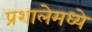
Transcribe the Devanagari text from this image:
प्रशालेमध्ये